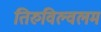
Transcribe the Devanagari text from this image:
तिरुविल्वलम